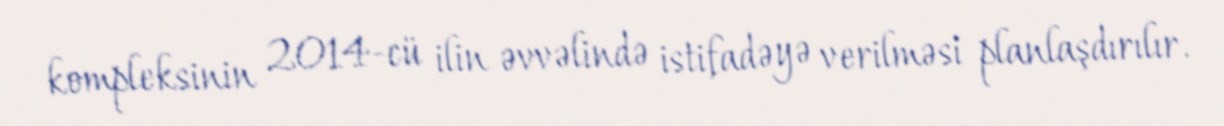
kompleksinin 2014-cü ilin əvvəlində istifadəyə verilməsi planlaşdırılır.